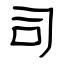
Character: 司